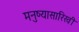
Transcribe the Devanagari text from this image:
मनुष्यासारिखी